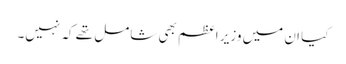
کیا ان میں وزیر اعظم بھی شامل تھے کہ نہیں۔